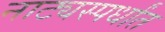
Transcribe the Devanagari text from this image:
नाट्यस्पर्धांत